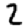
Digit: 2